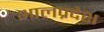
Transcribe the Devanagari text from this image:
भालप्रदेश